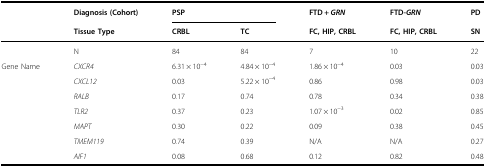
<table><thead><tr><td></td><td><b>Diagnosis (Cohort)</b></td><td colspan="2"><b>PSP</b></td><td><b>FTD + <i>GRN</i></b></td><td><b>FTD-<i>GRN</i></b></td><td><b>PD</b></td></tr><tr><td></td><td><b>Tissue Type</b></td><td><b>CRBL</b></td><td><b>TC</b></td><td><b>FC, HIP, CRBL</b></td><td><b>FC, HIP, CRBL</b></td><td><b>SN</b></td></tr></thead><tbody><tr><td></td><td>N</td><td>84</td><td>84</td><td>7</td><td>10</td><td>22</td></tr><tr><td>Gene Name</td><td><i>CXCR4</i></td><td>6.31 × 10<sup>−4</sup></td><td>4.84 × 10<sup>−4</sup></td><td>1.86 × 10<sup>−4</sup></td><td>0.03</td><td>0.03</td></tr><tr><td></td><td><i>CXCL12</i></td><td>0.03</td><td>5.22 × 10<sup>−4</sup></td><td>0.86</td><td>0.98</td><td>0.03</td></tr><tr><td></td><td><i>RALB</i></td><td>0.17</td><td>0.74</td><td>0.78</td><td>0.34</td><td>0.38</td></tr><tr><td></td><td><i>TLR2</i></td><td>0.37</td><td>0.23</td><td>1.07 × 10<sup>−3</sup></td><td>0.02</td><td>0.85</td></tr><tr><td></td><td><i>MAPT</i></td><td>0.30</td><td>0.22</td><td>0.09</td><td>0.38</td><td>0.45</td></tr><tr><td></td><td><i>TMEM119</i></td><td>0.74</td><td>0.39</td><td>N/A</td><td>N/A</td><td>0.27</td></tr><tr><td></td><td><i>AIF1</i></td><td>0.08</td><td>0.68</td><td>0.12</td><td>0.82</td><td>0.48</td></tr></tbody></table>